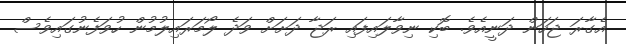
އެގާރަ ޖަހަން ދަނީއެވެ. ބޮކި ނިވާލައިފައި ރަޖާ ދަށަށް ވަދެ ލޯމަރައިލުމުން ހުވަފެނުގައިވެސް